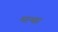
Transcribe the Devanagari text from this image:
माथ्स